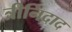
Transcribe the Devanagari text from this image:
त्रीनिदाद